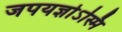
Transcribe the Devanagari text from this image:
जपयज्ञोऽस्मि